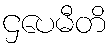
ဌပေမီတိ